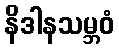
နိဒါနသမ္ဘဝံ